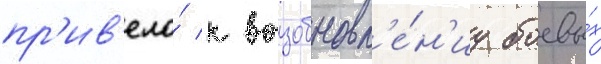
пр'ив'ело́ к возобновл'е́н'иу боевы́х